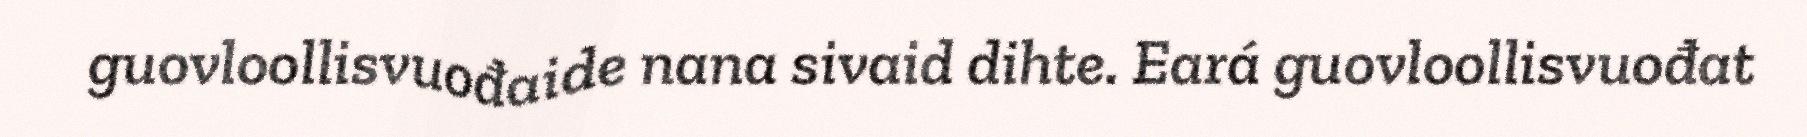
guovloollisvuođaide nana sivaid dihte. Eará guovloollisvuođat